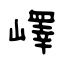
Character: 嶧